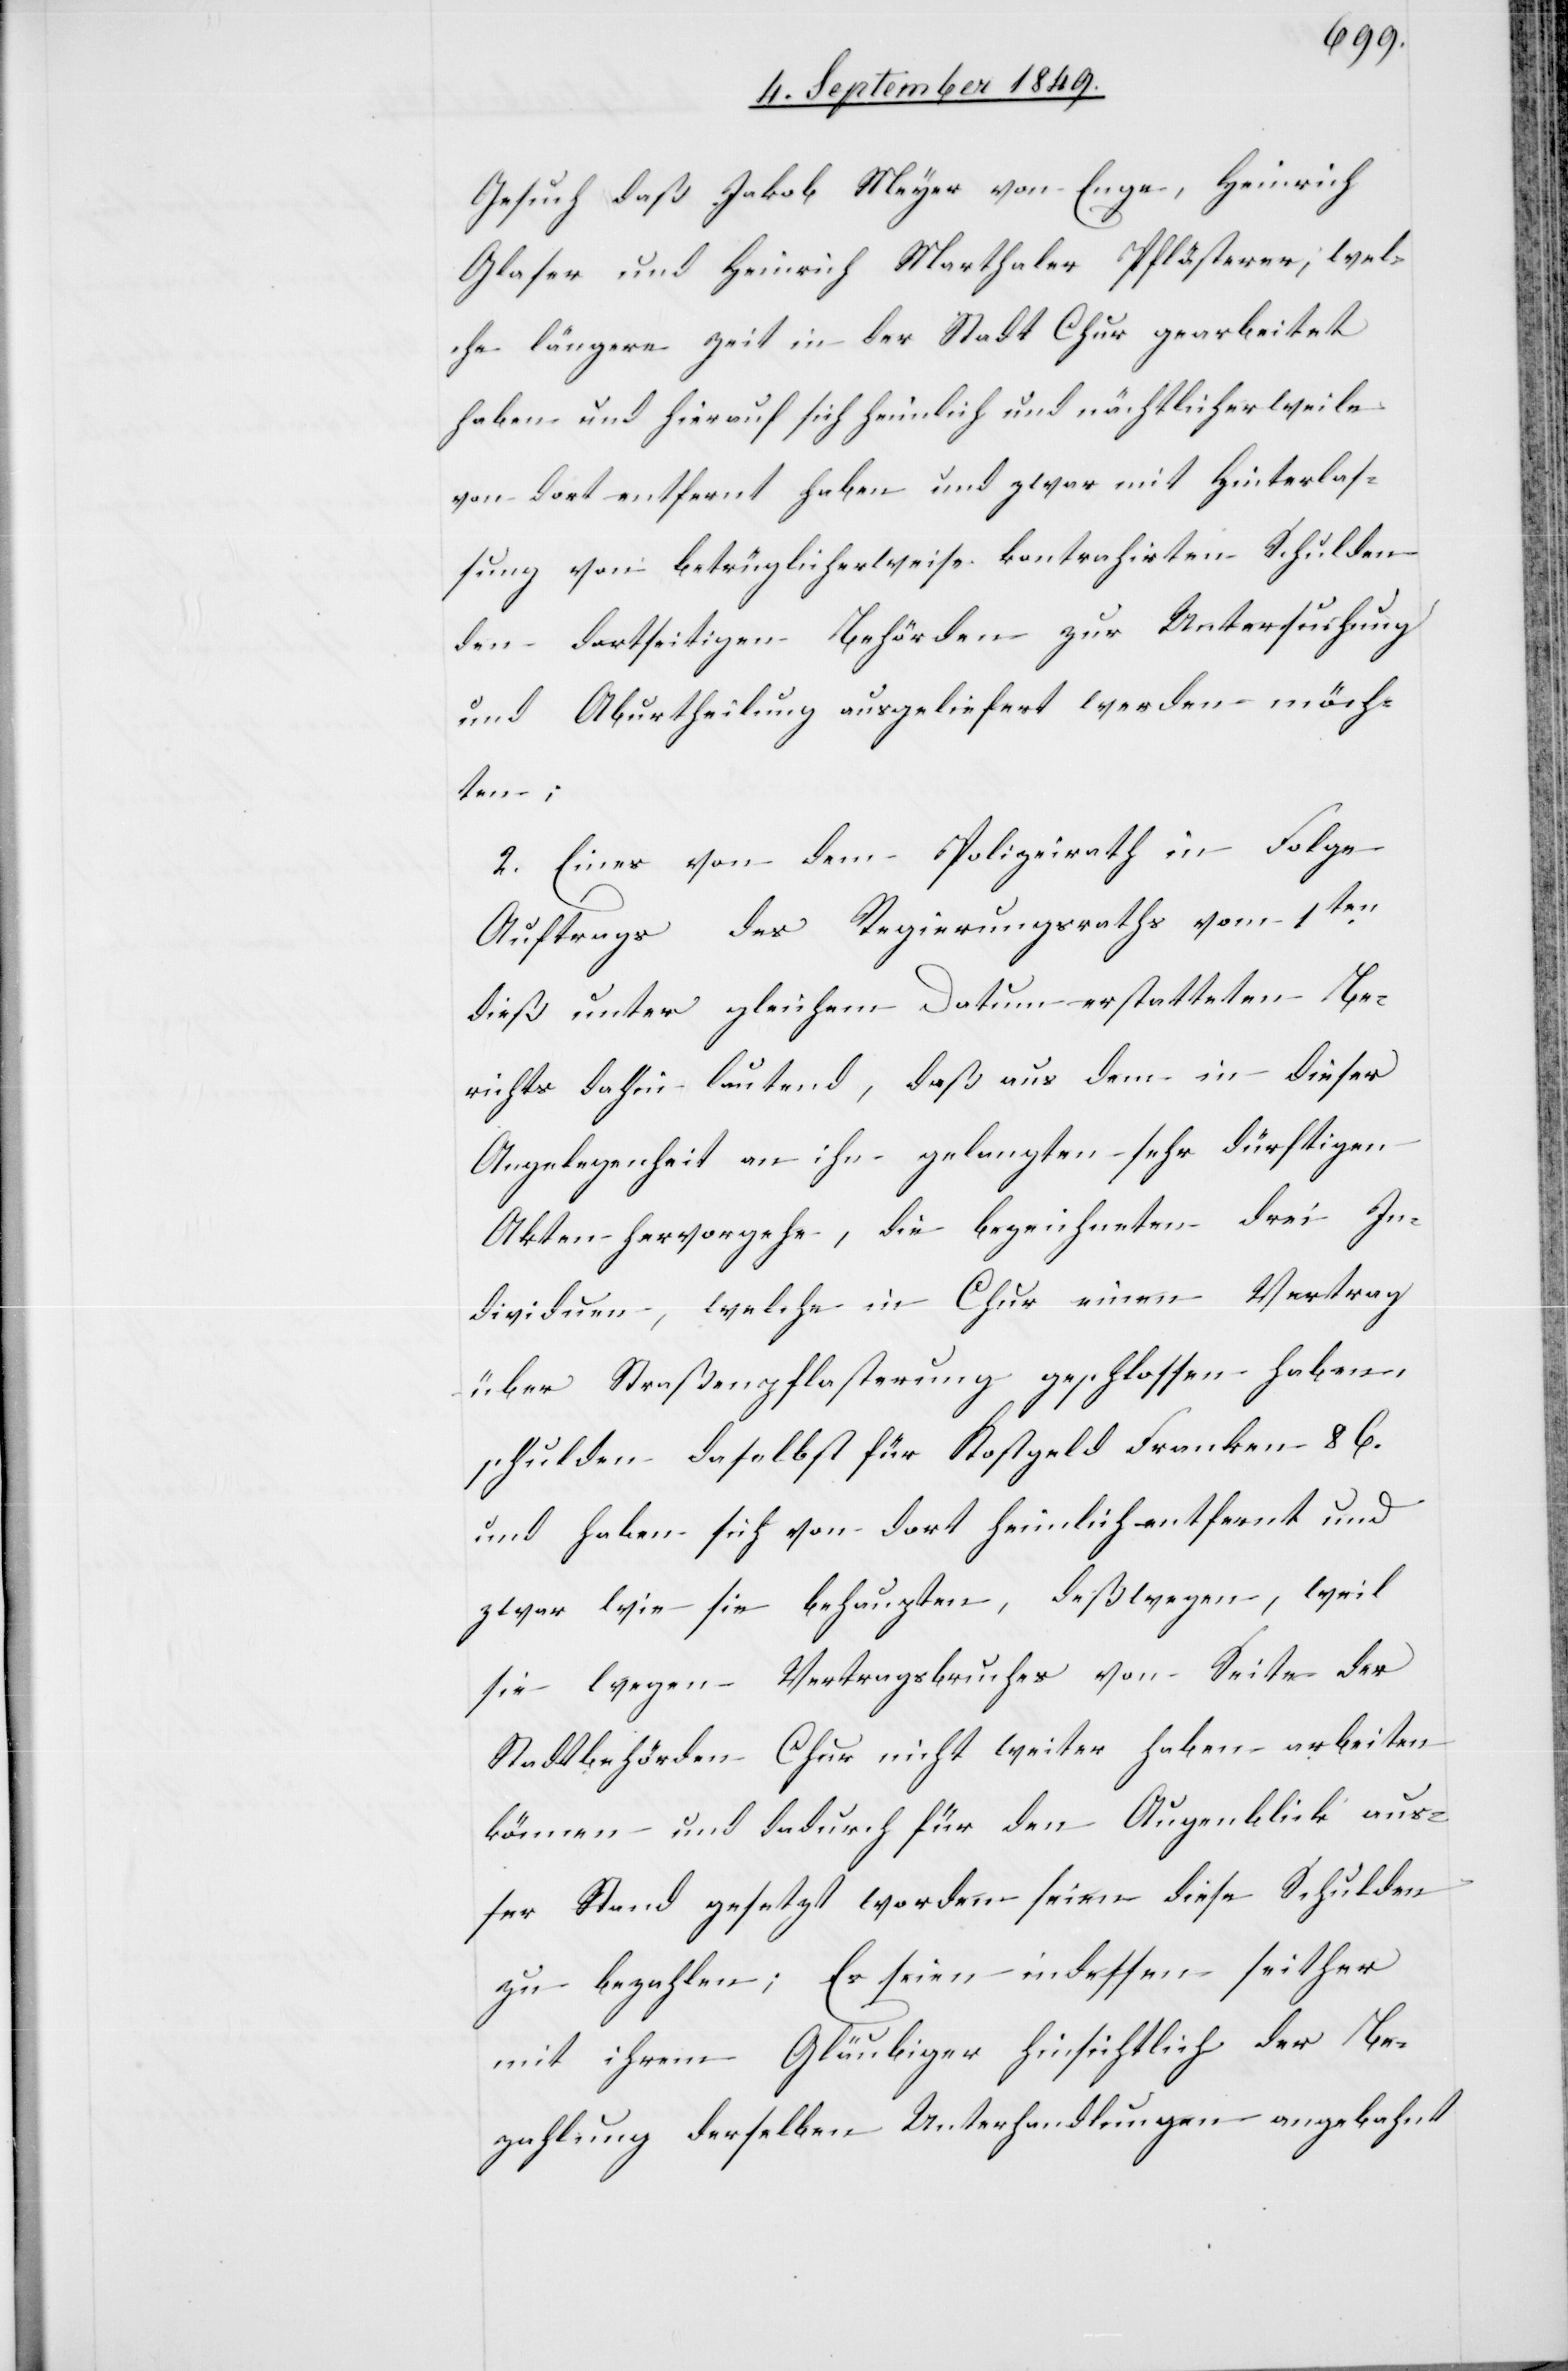
Gesuch daß Jakob Meyer von Enge, Heinrich
Glaser und Heinrich Marthaler Pflasterer, wel¬
che längere Zeit in der Stadt Chur gearbeitet
haben und hierauf sich heimlich und nächtlicherweile
von dort entfernt haben und zwar mit Hinterlas¬
sung von betrüglicherweise kontrahirten Schulden
den dortseitigen Behörden zur Untersuchung
und Aburtheilung ausgeliefert werden möch¬
ten;
2. Eines von dem Polizeirath in Folge
Auftrags des Regierungsraths vom 1ten
dieß unter gleichem Datum erstatteten Be¬
richts dahin lautend, daß aus dem [sic!] in dieser
Angelegenheit an ihn gelangten sehr dürftigen
Akten hervorgehe, die bezeichneten drei In¬
dividuen, welche in Chur einen Vertrag
über Straßenpflasterung geschlossen haben,
schulden daselbst für Kostgeld Franken 86.
und haben sich von dort heimlich entfernt und
zwar wie sie behaupten, deßwegen, weil
sie wegen Vertragsbruches von Seite der
Stadtbehörden Chur nicht weiter haben arbeiten
können und dadurch für den Augenblick aus¬
ser Stand gesetzt worden seien diese Schulden
zu bezahlen. Es seien indessen seither
mit ihrem Gläubiger hinsichtlich der Be¬
zahlung derselben Unterhandlungen angebahnt